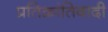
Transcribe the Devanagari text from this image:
प्रतिक्रांतिवादी